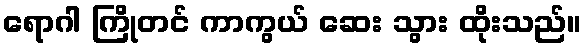
ရောဂါ ကြိုတင် ကာကွယ် ဆေး သွား ထိုးသည်။